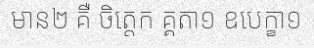
មាន២ គឺ ចិត្តេក គ្គតា១ ឧបេក្ខា១